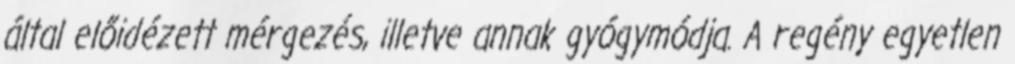
által előidézett mérgezés, illetve annak gyógymódja. A regény egyetlen